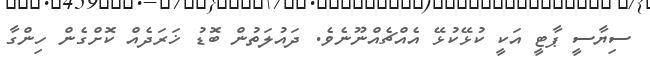
ސިޔާސީ ޕާޓީ އަކީ ކުޅޭކުޅޭ އެއްޗެއްނޫނެވެ. ދައުލަތުން ބޮޑު ޚަރަދެއް ކޮށްގެން ހިންގާ